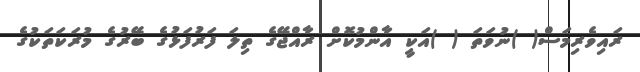
ރައިވެރިމަސް( )ނުވަތަ ( )އަކީ އާންމުކޮށް ރާއްޖޭގެ ތިލަ ފަރުފަޅުގެ ބޭރުގެ މުރަކަތަކުގެ